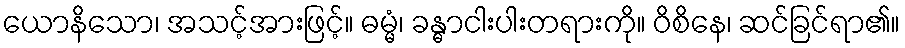
ယောနိသော၊ အသင့်အားဖြင့်။ ဓမ္မံ၊ ခန္ဓာငါးပါးတရားကို။ ဝိစိနေ၊ ဆင်ခြင်ရာ၏။